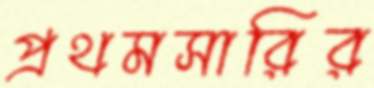
প্রথমসারির